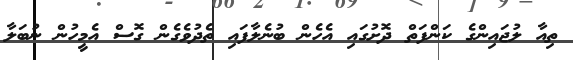
ތިއާ ލުޖައިންގެ ކަންފަތް ދޮށުގައި އެހެން ބުނެލާފައި ތެދުވެގެން ގޮސް އެމީހުން ނުބަލާ